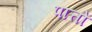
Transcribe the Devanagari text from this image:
पात्तों